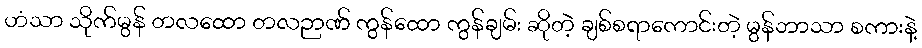
ဟံသာ သိုက်မွန် တလထော တလဉာဏ် ကွန်ထော ကွန်ချမ်း ဆိုတဲ့ ချစ်စရာကောင်းတဲ့ မွန်ဘာသာ စကားနဲ့